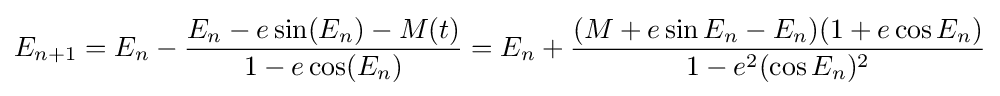
E_{n+1}=E_{n}-{\frac {E_{n}-e\sin(E_{n})-M(t)}{1-e\cos(E_{n})}}=E_{n}+{\frac {(M+e\sin {E_{n}}-E_{n})(1+e\cos {E_{n}})}{1-e^{2}(\cos {E_{n}})^{2}}}